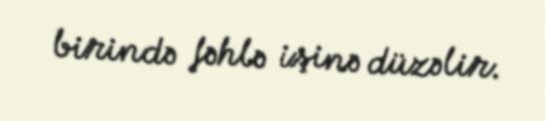
birində fəhlə işinə düzəlir.